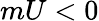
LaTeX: mU<0